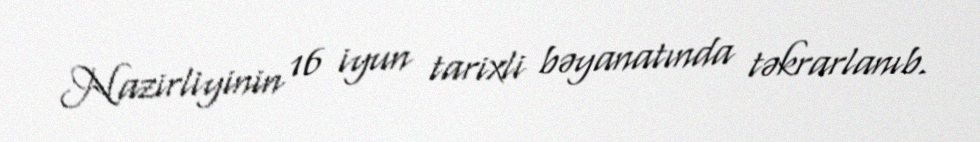
Nazirliyinin 16 iyun tarixli bəyanatında təkrarlanıb.